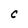
Character: C